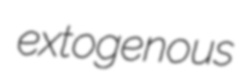
extogenous